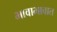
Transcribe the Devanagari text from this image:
भावाभावात